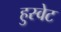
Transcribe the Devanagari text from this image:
हुस्वेट